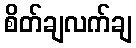
စိတ်ချလက်ချ